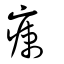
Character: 瘌